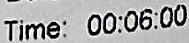
TIME: 00:06:00